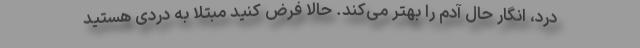
درد، انگار حال آدم را بهتر می‌کند. حالا فرض کنید مبتلا به دردی هستید